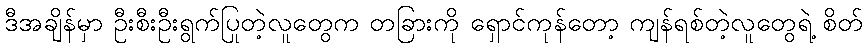
ဒီအချိန်မှာ ဦးစီးဦးရွက်ပြုတဲ့လူတွေက တခြားကို ရှောင်ကုန်တော့ ကျန်ရစ်တဲ့လူတွေရဲ့ စိတ်